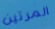
المرتين